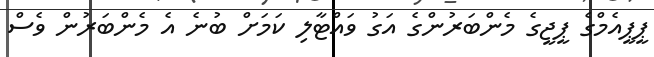
ޕީޕީއެމްގެ ޕީޖީގެ މެންބަރުންގެ އަގު ވައްޓާލި ކަމަށް ބުނެ އެ މެންބަރުން ވެސް